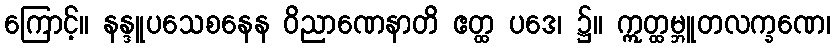
ကြောင့်။ နန္ဒူပသေစနေန ဝိညာဏေနာတိ ဧတ္ထ ပဒေ၊ ၌။ ဣတ္ထမ္ဘူတလက္ခဏေ၊